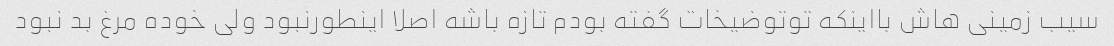
سیب زمینی هاش بااینکه توتوضیخات گفته بودم تازه باشه اصلا اینطورنبود ولی خوده مرغ بد نبود